Indian journal of veterinary science and animal husbandry - Volume 2,
Year: 1932
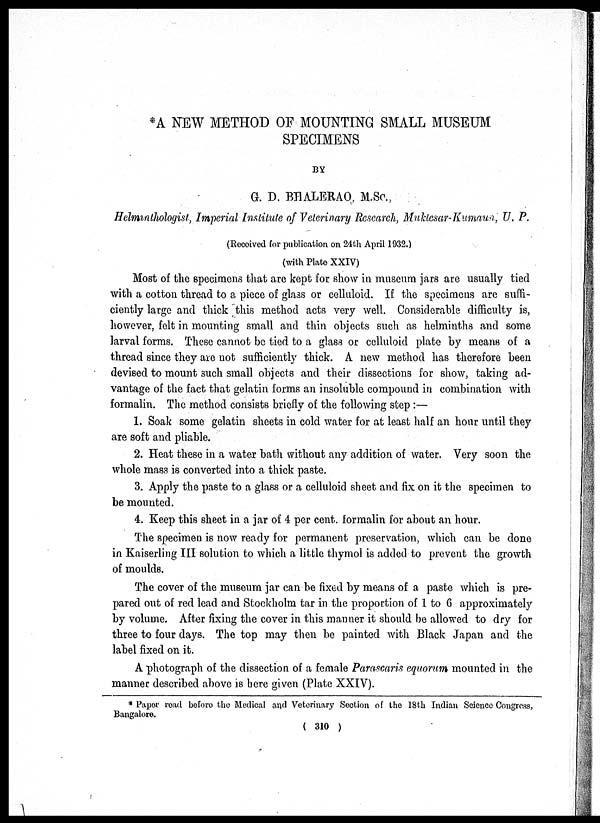
*A NEW METHOD OF MOUNTING SMALL MUSEUM
SPECIMENS
BY
G. D. BHALERAO, M.Sc.,
Helminthologist, Imperial Institute of Veterinary Research, Muktesar-Kumaun, U. P.
(Received for publication on 24th April 1932.)
(with Plate XXIV)
Most of the specimens that are kept for show in museum jars are usually tied
with a cotton thread to a piece of glass or celluloid. If the specimens are suffi-
ciently large and thick this method acts very well. Considerable difficulty is,
however, felt in mounting small and thin objects such as helminths and some
larval forms. These cannot be tied to a glass or celluloid plate by means of a
thread since they are not sufficiently thick. A new method has therefore been
devised to mount such small objects and their dissections for show, taking ad-
vantage of the fact that gelatin forms an insoluble compound in combination with
formalin. The method consists briefly of the following step :—
1. Soak some gelatin sheets in cold water for at least half an hour until they
are soft and pliable.
2. Heat these in a water bath without any addition of water. Very soon the
whole mass is converted into a thick paste.
3. Apply the paste to a glass or a celluloid sheet and fix on it the specimen to
be mounted.
4. Keep this sheet in a jar of 4 per cent. formalin for about an hour.
The specimen is now ready for permanent preservation, which can be done
in Kaiserling III solution to which a little thymol is added to prevent the growth
of moulds.
The cover of the museum jar can be fixed by means of a paste which is pre-
pared out of red lead and Stockholm tar in the proportion of 1 to 6 approximately
by volume. After fixing the cover in this manner it should be allowed to dry for
three to four days. The top may then be painted with Black Japan and the
label fixed on it.
A photograph of the dissection of a female Parascaris equorum mounted in the
manner described above is here given (Plate XXIV).
* Paper read before the Medical and Veterinary Section of the 18th Indian Science Congress,
Bangalore.
( 310 )